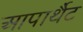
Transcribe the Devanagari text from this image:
आपार्थैट